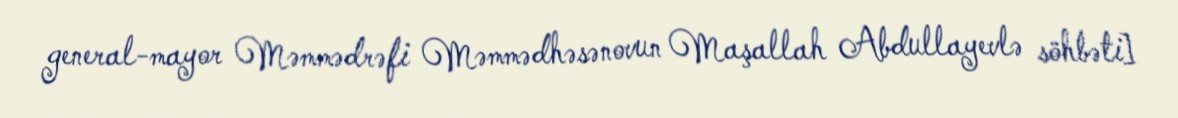
general-mayor Məmmədrəfi Məmmədhəsənovun Maşallah Abdullayevlə söhbəti]